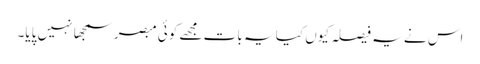
اس نے یہ فیصلہ کیوں کیا یہ بات مجھے کوئی مبصر سمجھا نہیں پایا۔